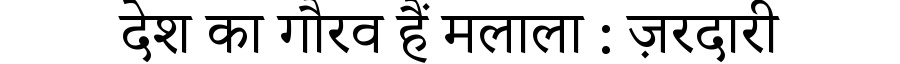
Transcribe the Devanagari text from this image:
देश का गौरव हैं मलाला : ज़रदारी